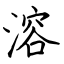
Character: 溶